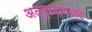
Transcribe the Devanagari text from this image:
अल्ट्रावायलट